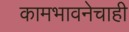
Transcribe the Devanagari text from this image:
कामभावनेचाही